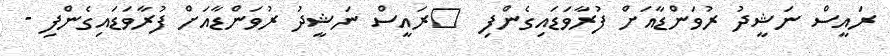
ރައީސް ނަޝީދު ރުވަންޑާއަށް ފުރާވަޑައިގެންފި  	ރައީސް ނަޝީދު ރުވަންޑާއަށް ފުރާވަޑައިގެންފި -